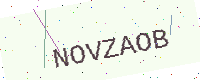
Text: NOVZAOB